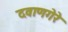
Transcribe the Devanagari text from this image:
दवाणगेरे